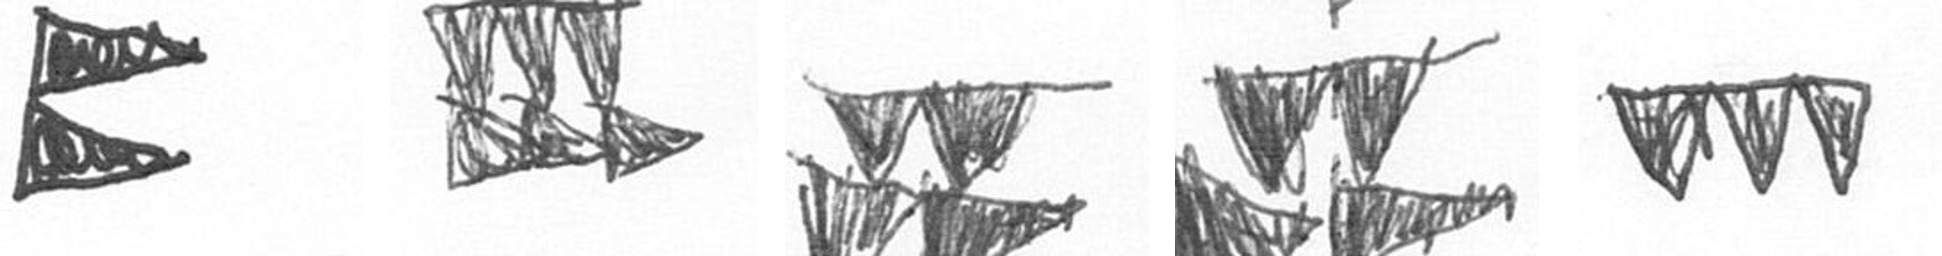
P D B B L